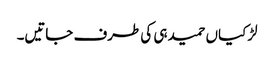
لڑکیاں حمید ہی کی طرف جاتیں۔